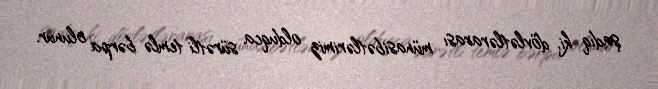
şadıq ki, dövlətlərarası münasibətlərimiz olduqca sürətli temlə bərpa olunur.